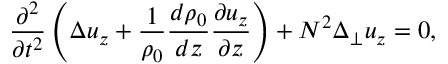
\frac { \partial ^ { 2 } } { \partial t ^ { 2 } } \left( \Delta u _ { z } + \frac { 1 } { \rho _ { 0 } } \frac { d \rho _ { 0 } } { d z } \frac { \partial u _ { z } } { \partial z } \right) + N ^ { 2 } \Delta _ { \perp } u _ { z } = 0 ,